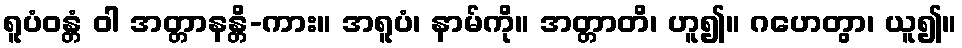
ရူပံဝန္တံ ဝါ အတ္တာနန္တိ-ကား။ အရူပံ၊ နာမ်ကို။ အတ္တာတိ၊ ဟူ၍။ ဂဟေတွာ၊ ယူ၍။